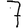
Digit: 7